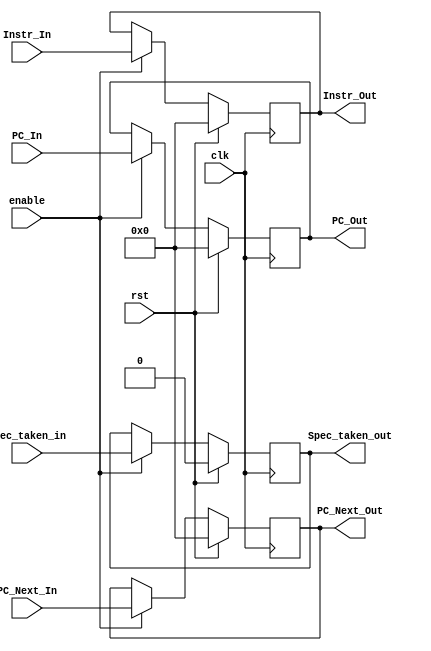
module IF2ID_Pipline_Reg (clk, rst, enable, PC_In, PC_Next_In, Instr_In, Spec_taken_in, PC_Out, PC_Next_Out, Instr_Out, Spec_taken_out);
 
	input clk, rst, enable, Spec_taken_in;
	input [15:0] PC_In, PC_Next_In, Instr_In;
	output reg [15:0] PC_Out, PC_Next_Out, Instr_Out;
	output reg Spec_taken_out;

	always @ (posedge clk) begin
		if (rst) begin
			PC_Out <= 0;
			PC_Next_Out <= 0;
			Instr_Out <= 0;
			Spec_taken_out <= 0;
		end
		else begin
			if (enable) begin
				Spec_taken_out <= Spec_taken_in;
				Instr_Out <= Instr_In;
				PC_Out <= PC_In;
				PC_Next_Out <= PC_Next_In;
			end
		end
	end
endmodule // IF2ID_Pipline_Reg